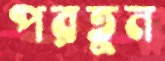
পরতুন